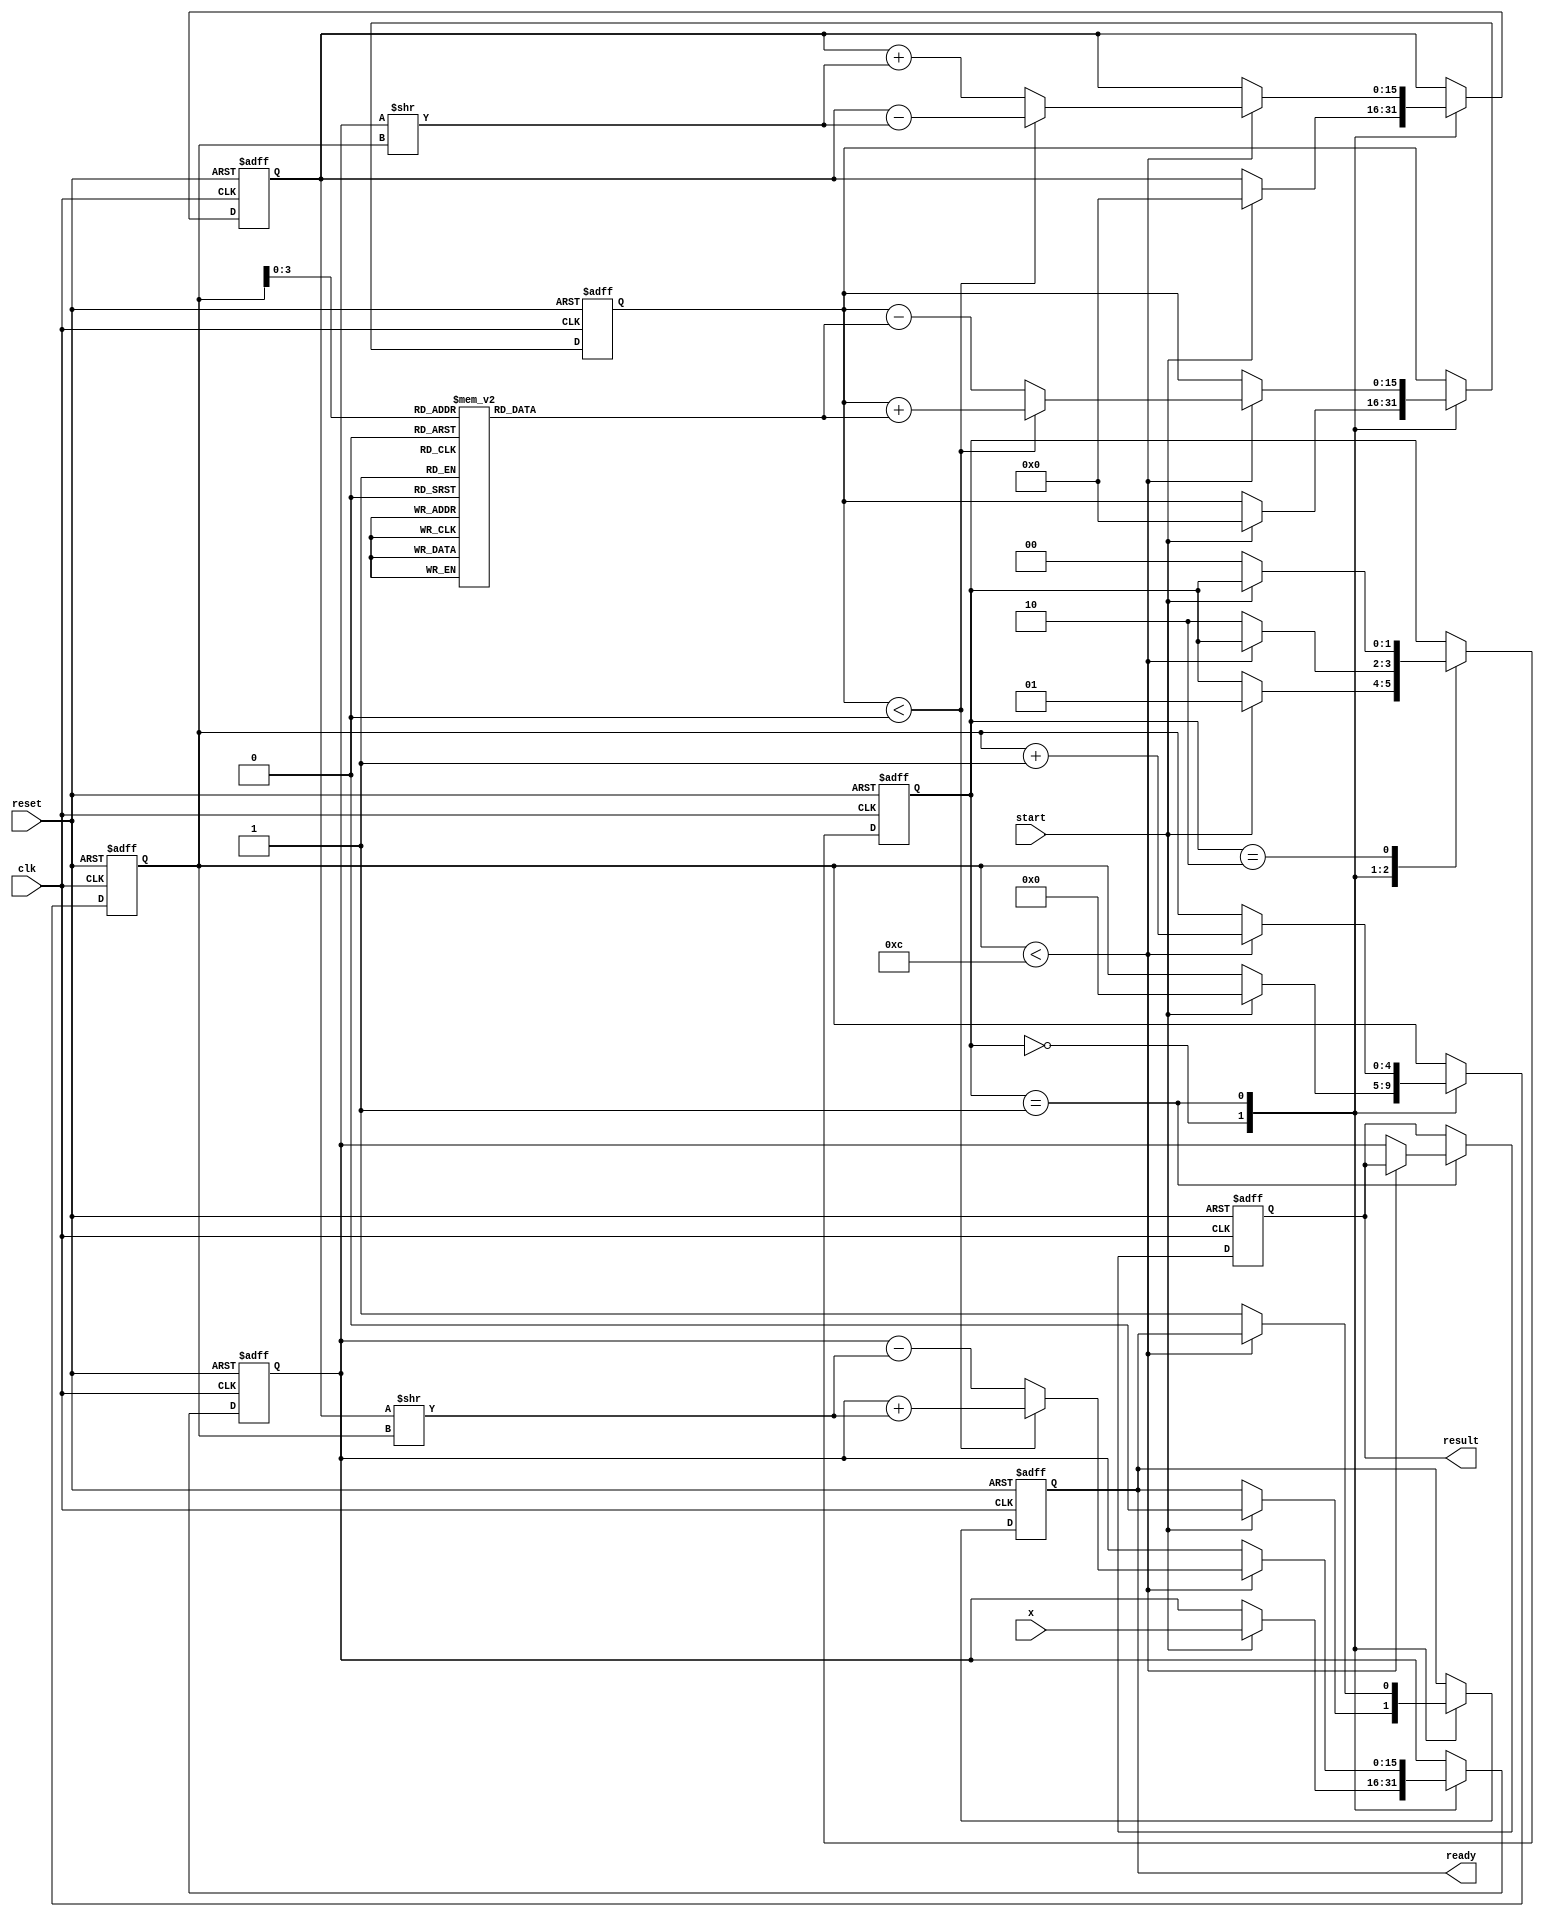
module CORDIC_Exponential #(
    parameter DATA_WIDTH = 16, // Width of the input/output data
    parameter ITERATIONS = 12   // Number of iterations for CORDIC
)(
    input  wire clk,                 // Clock signal
    input  wire reset,               // Reset signal
    input  wire start,               // Start signal for computation
    input  wire [DATA_WIDTH-1:0] x,  // Input value (fixed-point representation)
    output reg  [DATA_WIDTH-1:0] result, // Computed exponential value
    output reg ready                 // Output ready signal
);

    // CORDIC lookup table for arctan(2^-i) values (scaled)
    reg [DATA_WIDTH-1:0] atan_table [0:ITERATIONS-1];
    
    initial begin
        atan_table[0] = 16'h2000; // atan(1) = 45 degrees in fixed-point
        atan_table[1] = 16'h1416; // atan(0.5) in fixed-point
        atan_table[2] = 16'h0A3D; // atan(0.25) in fixed-point
        atan_table[3] = 16'h052A; // atan(0.125) in fixed-point
        // Initialize other table values as needed
        // ...
    end

    reg [DATA_WIDTH-1:0] z;         // Internal variable for angle
    reg [DATA_WIDTH-1:0] x_curr;    // Current x value
    reg [DATA_WIDTH-1:0] y_curr;    // Current y value
    reg [4:0] iter_count;            // Iteration counter
    reg [1:0] state;                 // State machine for control

    localparam IDLE    = 2'b00,
               RUN     = 2'b01,
               DONE    = 2'b10;

    always @(posedge clk or posedge reset) begin
        if (reset) begin
            result <= 0;
            ready <= 0;
            state <= IDLE;
            iter_count <= 0;
            x_curr <= 0;
            y_curr <= 0;
            z <= 0;
        end else begin
            case (state)
                IDLE: begin
                    if (start) begin
                        x_curr <= x; // Initialize x
                        y_curr <= 0; // Start with y = 0
                        z <= 0;      // Initial angle
                        iter_count <= 0;
                        ready <= 0;
                        state <= RUN;
                    end
                end

                RUN: begin
                    if (iter_count < ITERATIONS) begin
                        // CORDIC rotation logic
                        if (z < 0) begin
                            x_curr <= x_curr + (y_curr >> iter_count);
                            y_curr <= y_curr - (x_curr >> iter_count);
                            z <= z + atan_table[iter_count];
                        end else begin
                            x_curr <= x_curr - (y_curr >> iter_count);
                            y_curr <= y_curr + (x_curr >> iter_count);
                            z <= z - atan_table[iter_count];
                        end
                        iter_count <= iter_count + 1;
                    end else begin
                        result <= x_curr; // Output result
                        ready <= 1;       // Mark output as ready
                        state <= DONE;    // Move to done state
                    end
                end
                
                DONE: begin
                    if (!start) begin
                        state <= IDLE; // Wait for next computation
                    end
                end
            endcase
        end
    end
endmodule